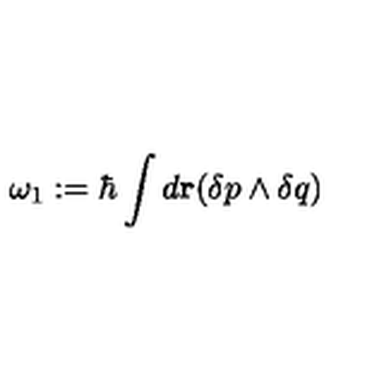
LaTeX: \omega _ { 1 } : = \hbar \int d { \bf r } ( \delta p \wedge \delta q )